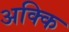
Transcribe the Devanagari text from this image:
अक्कि